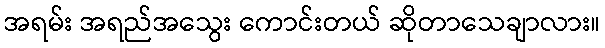
အရမ်း အရည်အသွေး ကောင်းတယ် ဆိုတာသေချာလား။